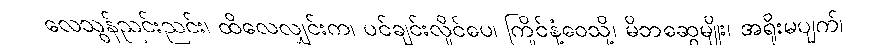
လေသွန်ညင်းညင်း၊ ထိလေလျှင်းက၊ ပင်ချင်းလှိုင်ပေ၊ ကြိုင်နံ့ဝေသို့၊ မိဘဆွေမျိုး၊ အရိုးမပျက်၊